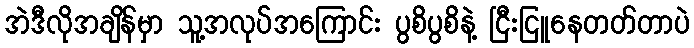
အဲဒီလိုအချိန်မှာ သူ့အလုပ်အကြောင်း ပွစိပွစိနဲ့ ငြီးငြူနေတတ်တာပဲ